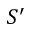
S ^ { \prime }